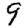
Digit: 9